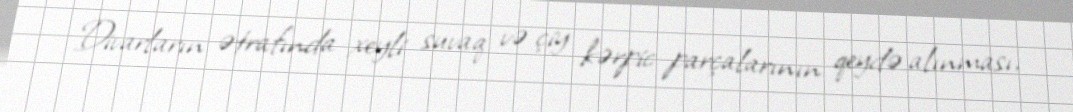
Divarların ətrafında xeyli suvaq və çiy kərpic parçalarının qeydə alınması,